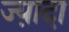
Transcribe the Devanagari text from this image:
ज्या़दा